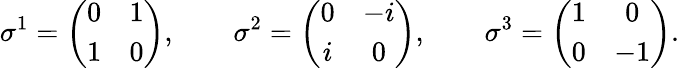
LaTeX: \sigma^{1}=\left(\begin{array}{cc}{{0}}&{{1}}\\ {{1}}&{{0}}\end{array}\right),\qquad\sigma^{2}=\left(\begin{array}{cc}{{0}}&{{-i}}\\ {{i}}&{{0}}\end{array}\right),\qquad\sigma^{3}=\left(\begin{array}{cc}{{1}}&{{0}}\\ {{0}}&{{-1}}\end{array}\right).